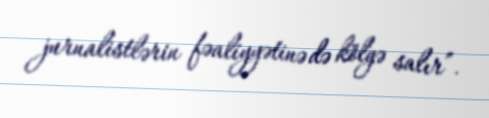
jurnalistlərin fəaliyyətinə də kölgə salır”.